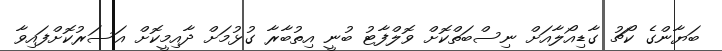
ބަޔާންގެ ކޯޗު ގާޑިއޯލާއަށް ނިސްބަތްކޮށް ވޮލްފާޓު ބުނީ އިތުބާރާ ގުޅުމަށް ދާއިމީކޮށް އަސަރުކޮށްފައިވާ